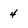
Character: 4